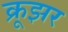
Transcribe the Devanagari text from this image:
क्रूझर